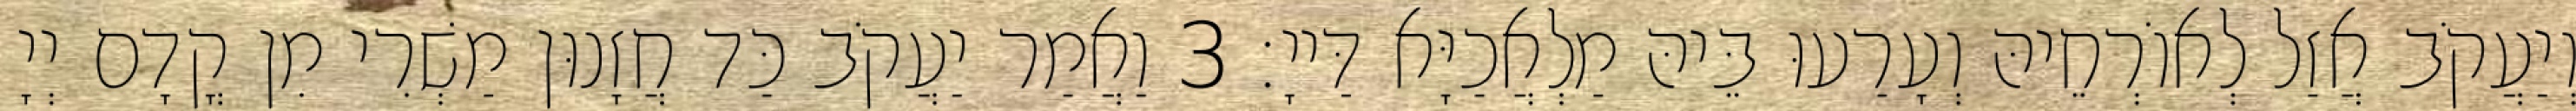
וְיַעֲקֹב אֲזַל לְאוֹרְחֵיהּ וְעָרַעוּ בֵּיהּ מַלְאֲכַיָּא דַּייָ׃ 3 וַאֲמַר יַעֲקֹב כַּד חֲזָנוּן מַשְׁרִי מִן קֳדָם יְיָ